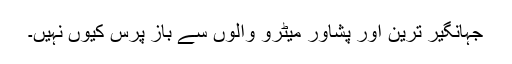
جہانگیر ترین اور پشاور میٹرو والوں سے باز پرس کیوں نہیں۔